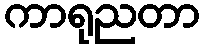
ကာရုညတာ